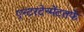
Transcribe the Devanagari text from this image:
एन्टरटेन्मेंटतर्फे